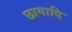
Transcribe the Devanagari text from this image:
छागादि